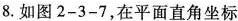
8.如图2-3-7，在平面直角坐标